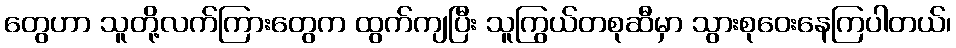
တွေဟာ သူတို့လက်ကြားတွေက ထွက်ကျပြီး သူကြွယ်တစုဆီမှာ သွားစုဝေးနေကြပါတယ်၊